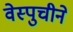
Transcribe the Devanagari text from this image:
वेस्पुचीने